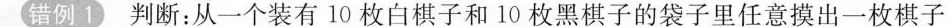
错例1判断：从一个装有10枚白棋子和10枚黑棋子的袋子里任意摸出一枚棋子